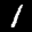
Label: 1